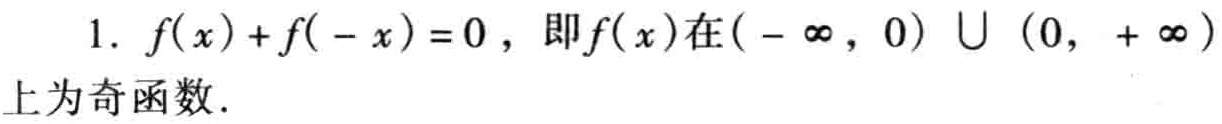
1. \(f(x)+f(-x)=0\)，即\(f(x)\)在\((-\infty,0)\cup(0,+\infty)\)上为奇函数.